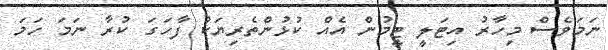
ނަމަވެސް މިހާރު އިޓަލީ ޓީމުން އެއް ކުޅުންތެރިޔަކު ފާހަގަ ކުރާ ނަމަ ހަމަ